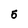
Character: 5